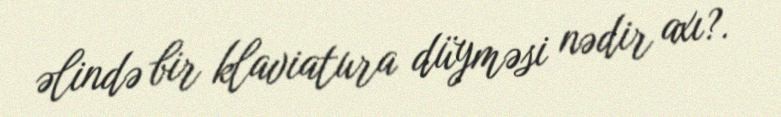
əlində bir klaviatura düyməsi nədir axı?.